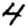
Digit: 4